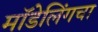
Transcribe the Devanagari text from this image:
मॉडेलिंगचा